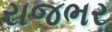
રાજભર